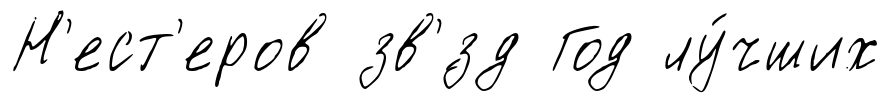
Н'ест'еров зв'́зд Год лу́чших